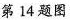
第14题图